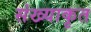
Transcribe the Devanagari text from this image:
संख्याकृत